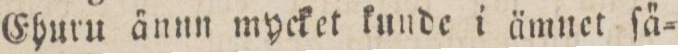
Ehuru änun mycket kunde i ämnet ſä=